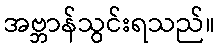
အဗ္ဘာန်သွင်းရသည်။